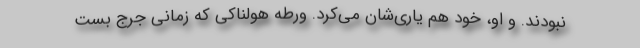
نبودند. و او، خود هم یاری‌شان می‌کرد. ورطه هولناکی که زمانی جرج بست